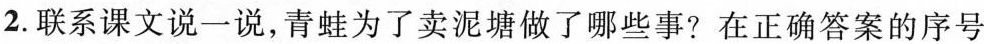
2. 联系课文说一说，青蛙为了卖泥塘做了哪些事?在正确答案的序号